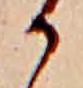
か